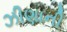
ઝીણાની